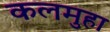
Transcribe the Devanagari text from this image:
कलमुहा